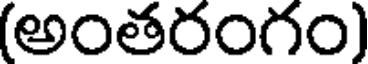
(అంతరంగం)